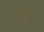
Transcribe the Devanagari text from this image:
धिंग्राने